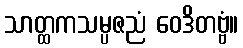
သာတ္ထကသမ္ပဇညံ ဝေဒိတဗ္ဗံ။